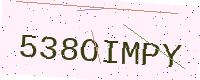
Text: 538OIMPY